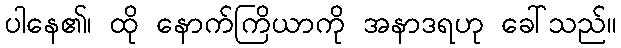
ပါနေ၏၊ ထို နောက်ကြိယာကို အနာဒရဟု ခေါ်သည်။